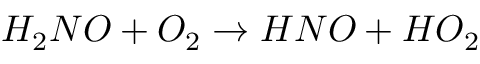
H _ { 2 } N O + O _ { 2 } \rightarrow H N O + H O _ { 2 }